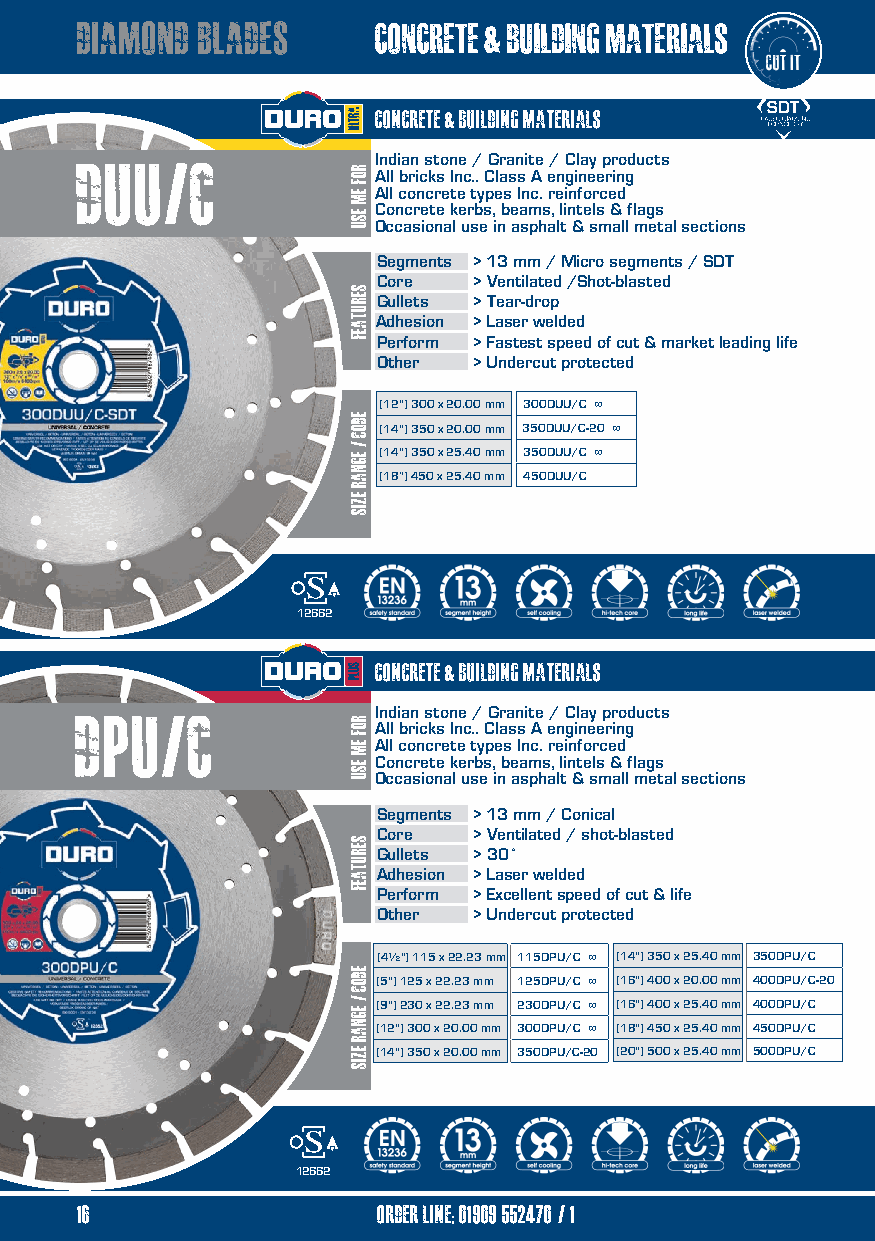
diamond blades      concrete & building materials
 concrete & building materials
 DUu/c               Indian stone / Granite / Clay products
 All bricks Inc.. Class A engineering
 All concrete types Inc. reinforced
 Concrete kerbs, beams, lintels & flags
 Occasional use in asphalt & small metal sections
 Segments > 13 mm / Micro segments / SDT
 Core  > Ventilated /Shot-blasted
 Gullets > Tear-drop
 Adhesion > Laser welded
 Perform > Fastest speed of cut & market leading life
 Other > Undercut protected
 (12") 300 x 20.00 mm 300DUU/C ∞
 (14") 350 x 20.00 mm 350DUU/C-20 ∞
 (14") 350 x 25.40 mm 350DUU/C ∞
 (18”) 450 x 25.40 mm 450DUU/C
 12662
 concrete & building materials
 Dpu/c               Indian stone / Granite / Clay products
 All bricks Inc.. Class A engineering
 All concrete types Inc. reinforced
 Concrete kerbs, beams, lintels & flags
 Occasional use in asphalt & small metal sections
 Segments > 13 mm / Conical
 Core  > Ventilated / shot-blasted
 Gullets > 30˚
 Adhesion > Laser welded
 Perform > Excellent speed of cut & life
 Other > Undercut protected
 (4½") 115 x 22.23 mm 115DPU/C ∞ (14") 350 x 25.40 mm 350DPU/C
 (5") 125 x 22.23 mm 125DPU/C ∞ (16") 400 x 20.00 mm 400DPU/C-20
 (9") 230 x 22.23 mm 230DPU/C ∞ (16") 400 x 25.40 mm 400DPU/C
 (12") 300 x 20.00 mm 300DPU/C ∞ (18") 450 x 25.40 mm 450DPU/C
 (14") 350 x 20.00 mm 350DPU/C-20 (20") 500 x 25.40 mm 500DPU/C
 12662
 16                  order line; 01909 552470/1
 12                  order line: 01909 552470
 RROOFF
 EEMM
 EESSUU
 serutaef
 edoc
 / egnar
 ezis
 RROOFF
 EEMM
 EESSUU
 serutaef
 edoC
 / egnar
 ezis